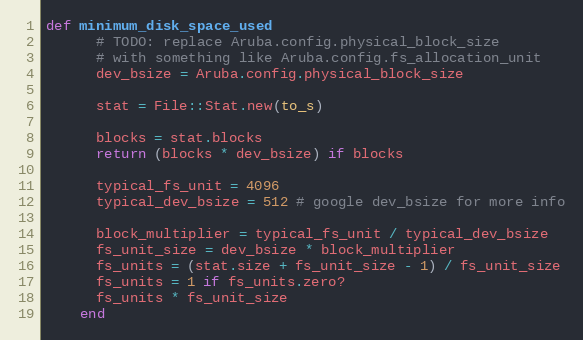
Language: Ruby
def minimum_disk_space_used
      # TODO: replace Aruba.config.physical_block_size
      # with something like Aruba.config.fs_allocation_unit
      dev_bsize = Aruba.config.physical_block_size

      stat = File::Stat.new(to_s)

      blocks = stat.blocks
      return (blocks * dev_bsize) if blocks

      typical_fs_unit = 4096
      typical_dev_bsize = 512 # google dev_bsize for more info

      block_multiplier = typical_fs_unit / typical_dev_bsize
      fs_unit_size = dev_bsize * block_multiplier
      fs_units = (stat.size + fs_unit_size - 1) / fs_unit_size
      fs_units = 1 if fs_units.zero?
      fs_units * fs_unit_size
    end